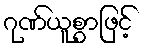
ဂုဏ်ယူစွာဖြင့်